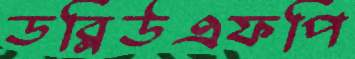
ডব্লিউএফপি